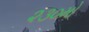
૨૩૦મો